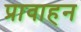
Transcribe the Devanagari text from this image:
प्रावाहन